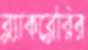
ব্ল্যাকব্লেরির